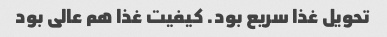
تحویل غذا سریع بود. کیفیت غذا هم عالی بود